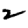
Digit: 2